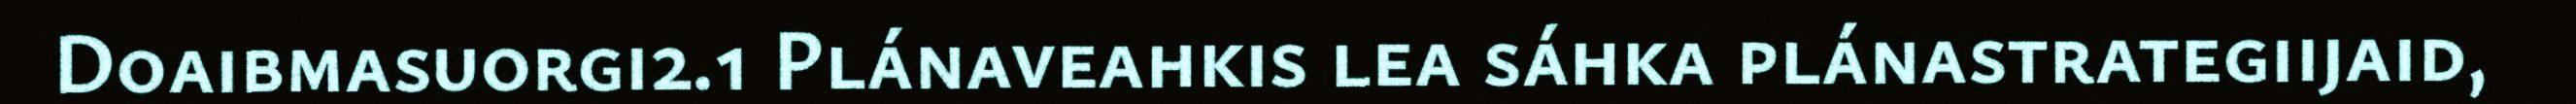
Doaibmasuorgi2.1 Plánaveahkis lea sáhka plánastrategiijaid,